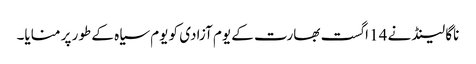
ناگا لینڈ نے 14 اگست بھارت کے یوم آزادی کو یوم سیاہ کے طور پر منایا۔